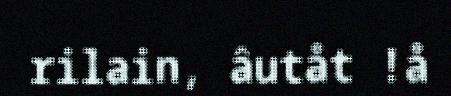
rilain, âutåt !å